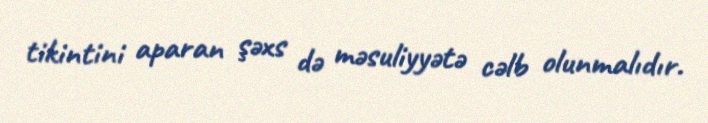
tikintini aparan şəxs də məsuliyyətə cəlb olunmalıdır.